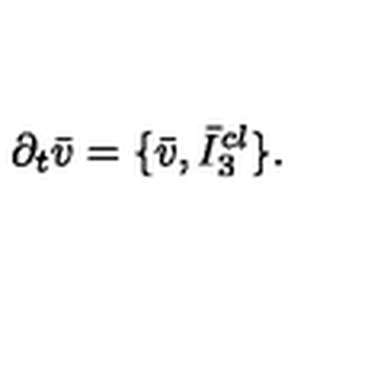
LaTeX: \partial _ { t } \bar { v } = \{ \bar { v } , \bar { I } _ { 3 } ^ { c l } \} .